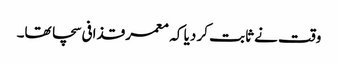
وقت نے ثابت کر دیا کہ معمر قذافی سچا تھا۔